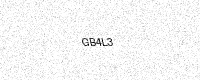
Text: GB4L3